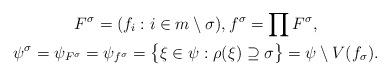
LaTeX: \begin{gather*} F^\sigma = (f_i : i \in m \setminus \sigma), f^\sigma = \prod F^\sigma, \\ \psi^\sigma = \psi_{F^\sigma} = \psi_{f^\sigma} = \bigl\{ \xi \in \psi : \rho(\xi) \supseteq \sigma \bigr\} = \psi \setminus V(f_\sigma).\end{gather*}